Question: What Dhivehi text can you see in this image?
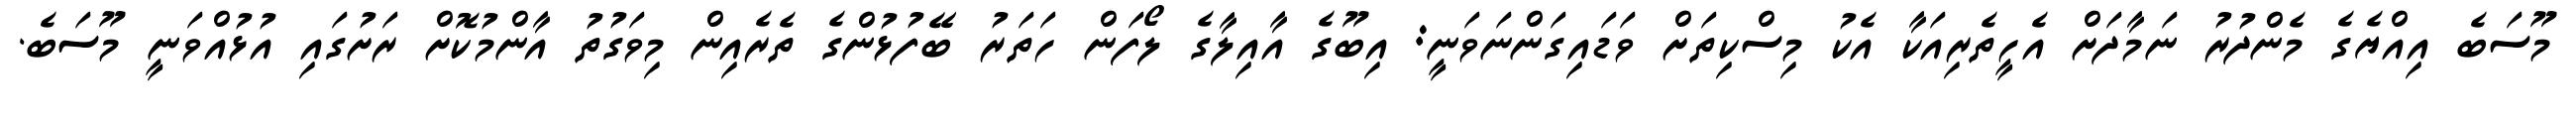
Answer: މޫސަބެ އިއްޔެގެ މެންދުރު ނަމާދަށް އެހީތެރިއަކާ އެކު މިސްކިތަށް ވަޑައިގަންނަވަނީ: އިބޫގެ އާއިލާގެ ލޯފަން ހަތަރު ބޭފުޅުންގެ ތެރެއިން މިވަގުތު އާންމުކޮށް ރަށުގައި އުޅުއްވަނީ މޫސަބެ.